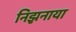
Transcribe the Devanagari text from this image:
निझ़नाया